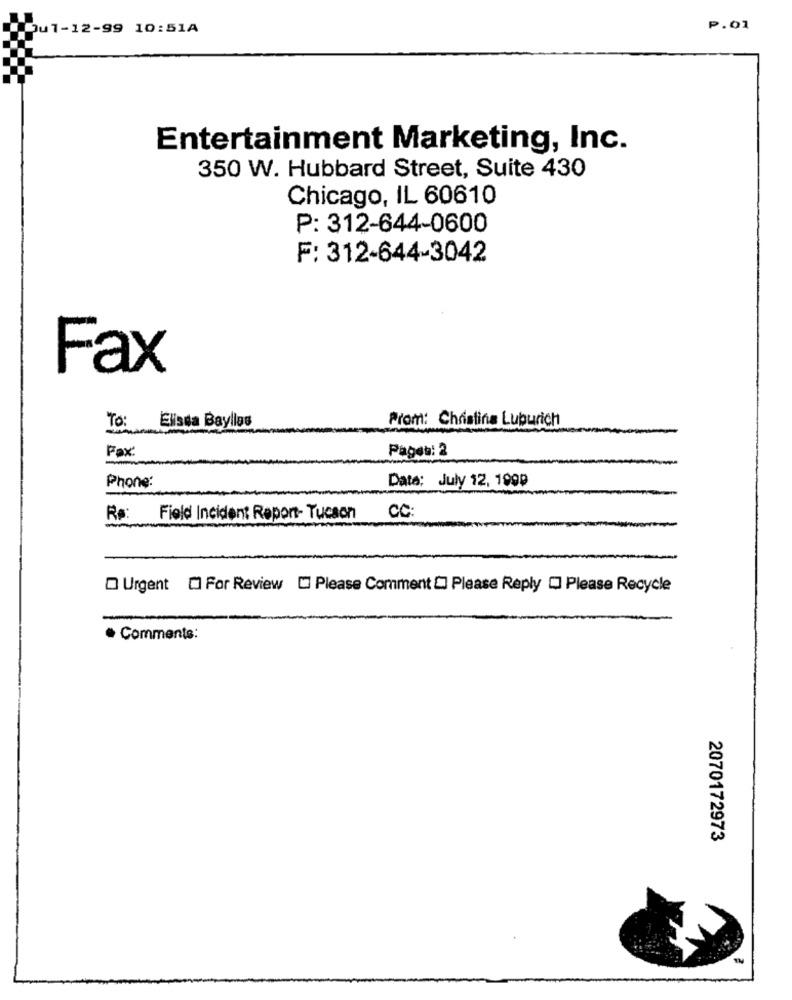
Jul-12-99 10:51A
P.01
Entertainment Marketing, Inc.
350 W. Hubbard Street, Suite 430
Chicago, IL 60610
P: 312-644-0600
F: 312-644-3042
Fax
To:
Elissa Bayllas
Prom: Christina Luburich
Fax:
Pages: 2
Phone:
Date: July 12, 1999
Rø:
Field Incident Report- Tucson
CC
Urgent [ For Review [ Please Comment [] Please Reply [ Please Recycle
· Comments:
2070172973